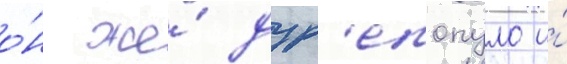
о́н же́ дур'епопуло и́